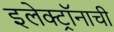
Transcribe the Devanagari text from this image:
इलेक्ट्रॉनाची